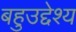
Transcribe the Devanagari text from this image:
बहुउद्देश्य